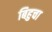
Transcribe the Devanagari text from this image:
बिहुचा